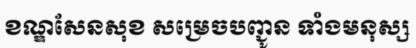
ខណ្ឌសែនសុខ សម្រេចបញ្ជូន ទាំងមនុស្ស